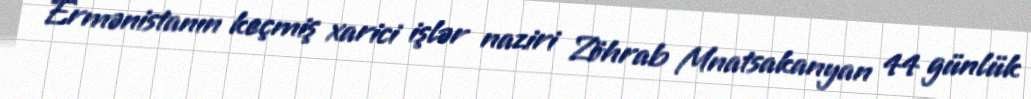
Ermənistanın keçmiş xarici işlər naziri Zöhrab Mnatsakanyan 44 günlük